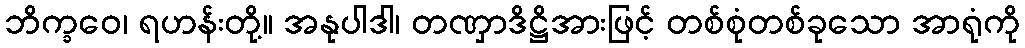
ဘိက္ခဝေ၊ ရဟန်းတို့။ အနုပါဒါ၊ တဏှာဒိဋ္ဌိအားဖြင့် တစ်စုံတစ်ခုသော အာရုံကို